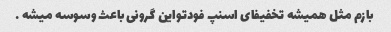
بازم مثل همیشه تخفیفای اسنپ فودتواین گرونی باعث وسوسه میشه …